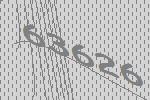
63626